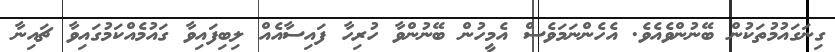
ގިނަގައުމުތަކުން ބޭނުންވެއެވެ. އެހެންނަމަވެސް އެމީހުން ބޭނުންވާ ހުރިހާ ފައިސާއެއް ލިބިފައިވާ ގައުމެއްކަމުގައިވާ ޗައިނާ